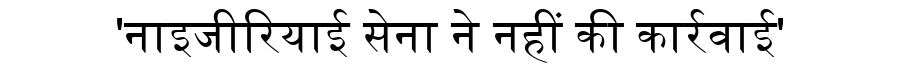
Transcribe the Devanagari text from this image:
'नाइजीरियाई सेना ने नहीं की कार्रवाई'